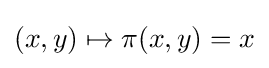
(x,y)\mapsto \pi (x,y)=x